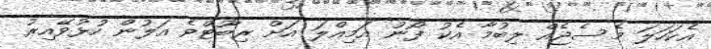
އެކަހަލަ މެސެޖެއް ލިބުމާ އެކު ފޯނު އަމިއްލަ އަށް ރިބޫޓްވެ އަލުން ހުޅުވޭއިރު